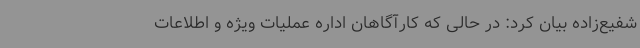
شفیع‌زاده بیان کرد: در حالی که کارآگاهان اداره عملیات ویژه و اطلاعات